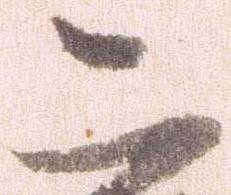
こ